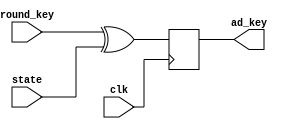
`timescale 1ns / 1ps
module add_round_key(clk,state,round_key,ad_key);

input		  clk;
input [0:127] state;
input [0:127] round_key;

output reg [0:127] ad_key;

always @(posedge clk)
 begin
 	ad_key = round_key ^ state;
 end

endmodule